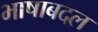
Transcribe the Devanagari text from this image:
भाषाबदल